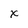
Character: x